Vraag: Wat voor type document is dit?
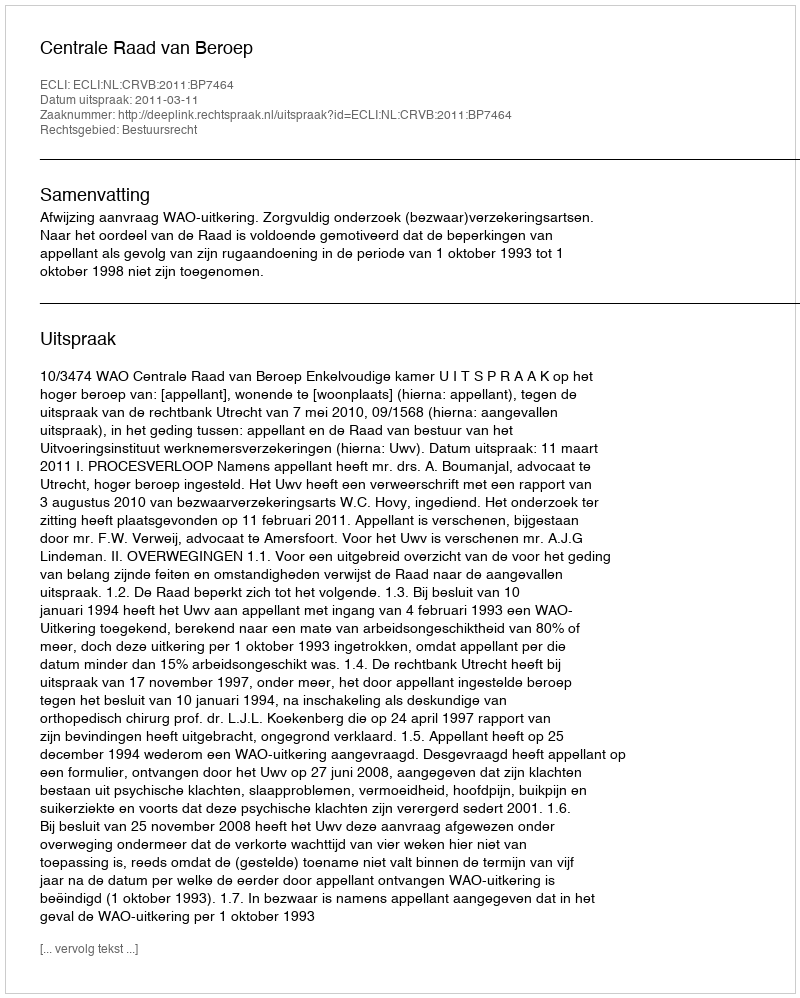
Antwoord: Uitspraak